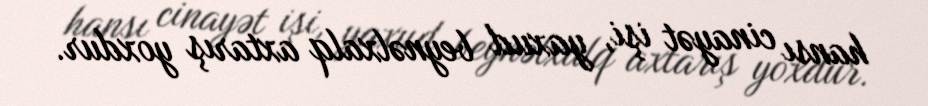
hansı cinayət işi, yaxud beynəlxalq axtarış yoxdur.